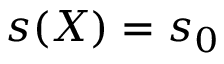
s ( \boldsymbol X ) = s _ { 0 }